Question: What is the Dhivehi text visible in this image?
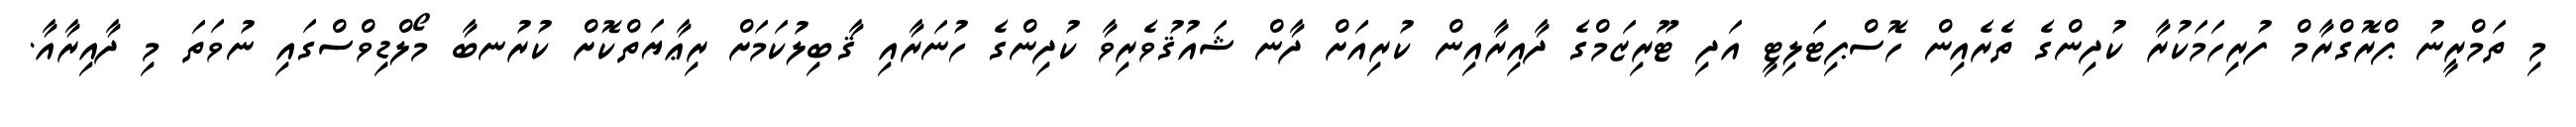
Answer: މި ތަމްރީނު ޕްރޮގްރާމް ފުރިހަމަކުރާ ކުދިންގެ ތެރެއިން ހޮސްޕިޓަލިޓީ އަދި ޓޫރިޒަމްގެ ދާއިރާއިން ކުރިއަށް ދާން ޝައުޤުވެރިވާ ކުދިންގެ ހުނަރާއި ޤާބިލުކަމަށް ރިޢާޔަތްކޮށް ކުރުނބާ މޯލްޑިވްސްގައި ނުވަތަ މި ދާއިރާއާ.